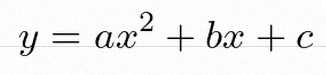
y=ax^2+bx+c